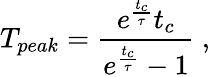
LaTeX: T_{peak}=\frac{e^{\frac{t_{c}}{\tau}}t_{c}}{e^{\frac{t_{c}}{\tau}}-1}~,